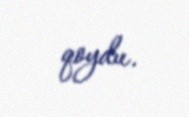
qoydu.